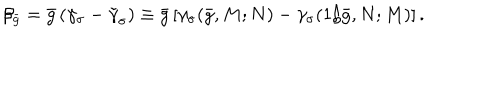
LaTeX: \beta _ { \bar { g } } = \bar { g } \left( \gamma _ { \sigma } - \tilde { \gamma } _ { \sigma } \right) \equiv \bar { g } \left[ \gamma _ { \sigma } ( \bar { g } , M ; N ) - \gamma _ { \sigma } ( 1 / \bar { g } , N ; M ) \right] .